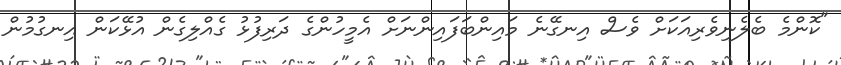
"ކޮންމެ ބެލެނިވެރިއަކަށް ވެސް އިނގޭނެ މައިންބަފައިންނަށް އެމީހުންގެ ދަރިފުޅު ގެއްލިގެން އުޅޭކަން އިނގުމުން